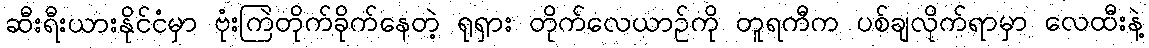
ဆီးရီးယားနိုင်ငံမှာ ဗုံးကြဲတိုက်ခိုက်နေတဲ့ ရုရှား တိုက်လေယာဉ်ကို တူရကီက ပစ်ချလိုက်ရာမှာ လေထီးနဲ့